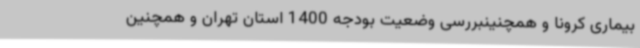
بیماری کرونا و همچنینبررسی وضعیت بودجه 1400 استان تهران و همچنین